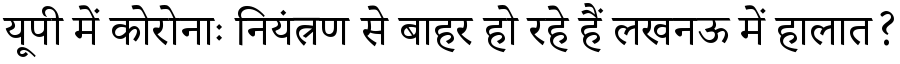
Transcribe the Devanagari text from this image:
यूपी में कोरोनाः नियंत्रण से बाहर हो रहे हैं लखनऊ में हालात?